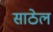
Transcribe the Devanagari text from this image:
साठेल